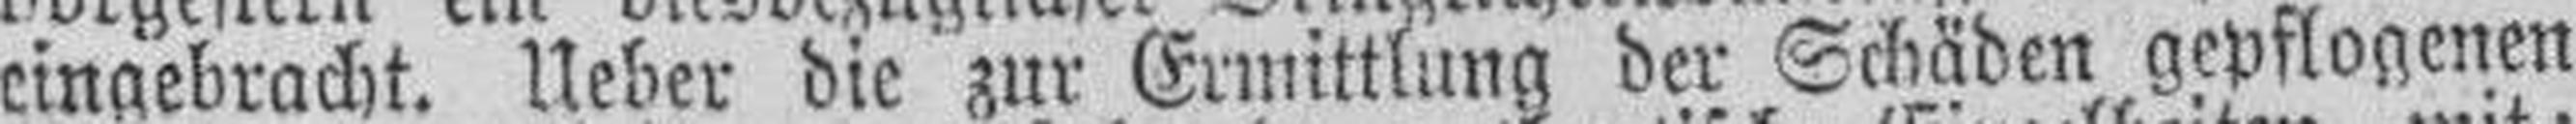
eingebracht. Ueber die zur Ermittlung der Schäden gepflogenen